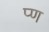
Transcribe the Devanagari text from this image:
प्ण